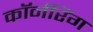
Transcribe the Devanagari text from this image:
कॉर्नरिंग